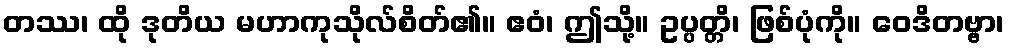
တဿ၊ ထို ဒုတိယ မဟာကုသိုလ်စိတ်၏။ ဧဝံ၊ ဤသို့။ ဥပ္ပတ္တိ၊ ဖြစ်ပုံကို။ ဝေဒိတဗ္ဗာ၊